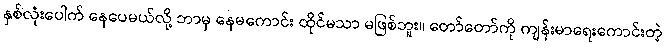
နှစ်လုံးပေါက် နေပေမယ်လို့ ဘာမှ နေမကောင်း ထိုင်မသာ မဖြစ်ဘူး။ တော်တော်ကို ကျန်းမာရေးကောင်းတဲ့